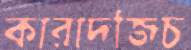
কারাদজিচ